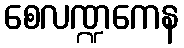
စေလဏ္ဍကေန